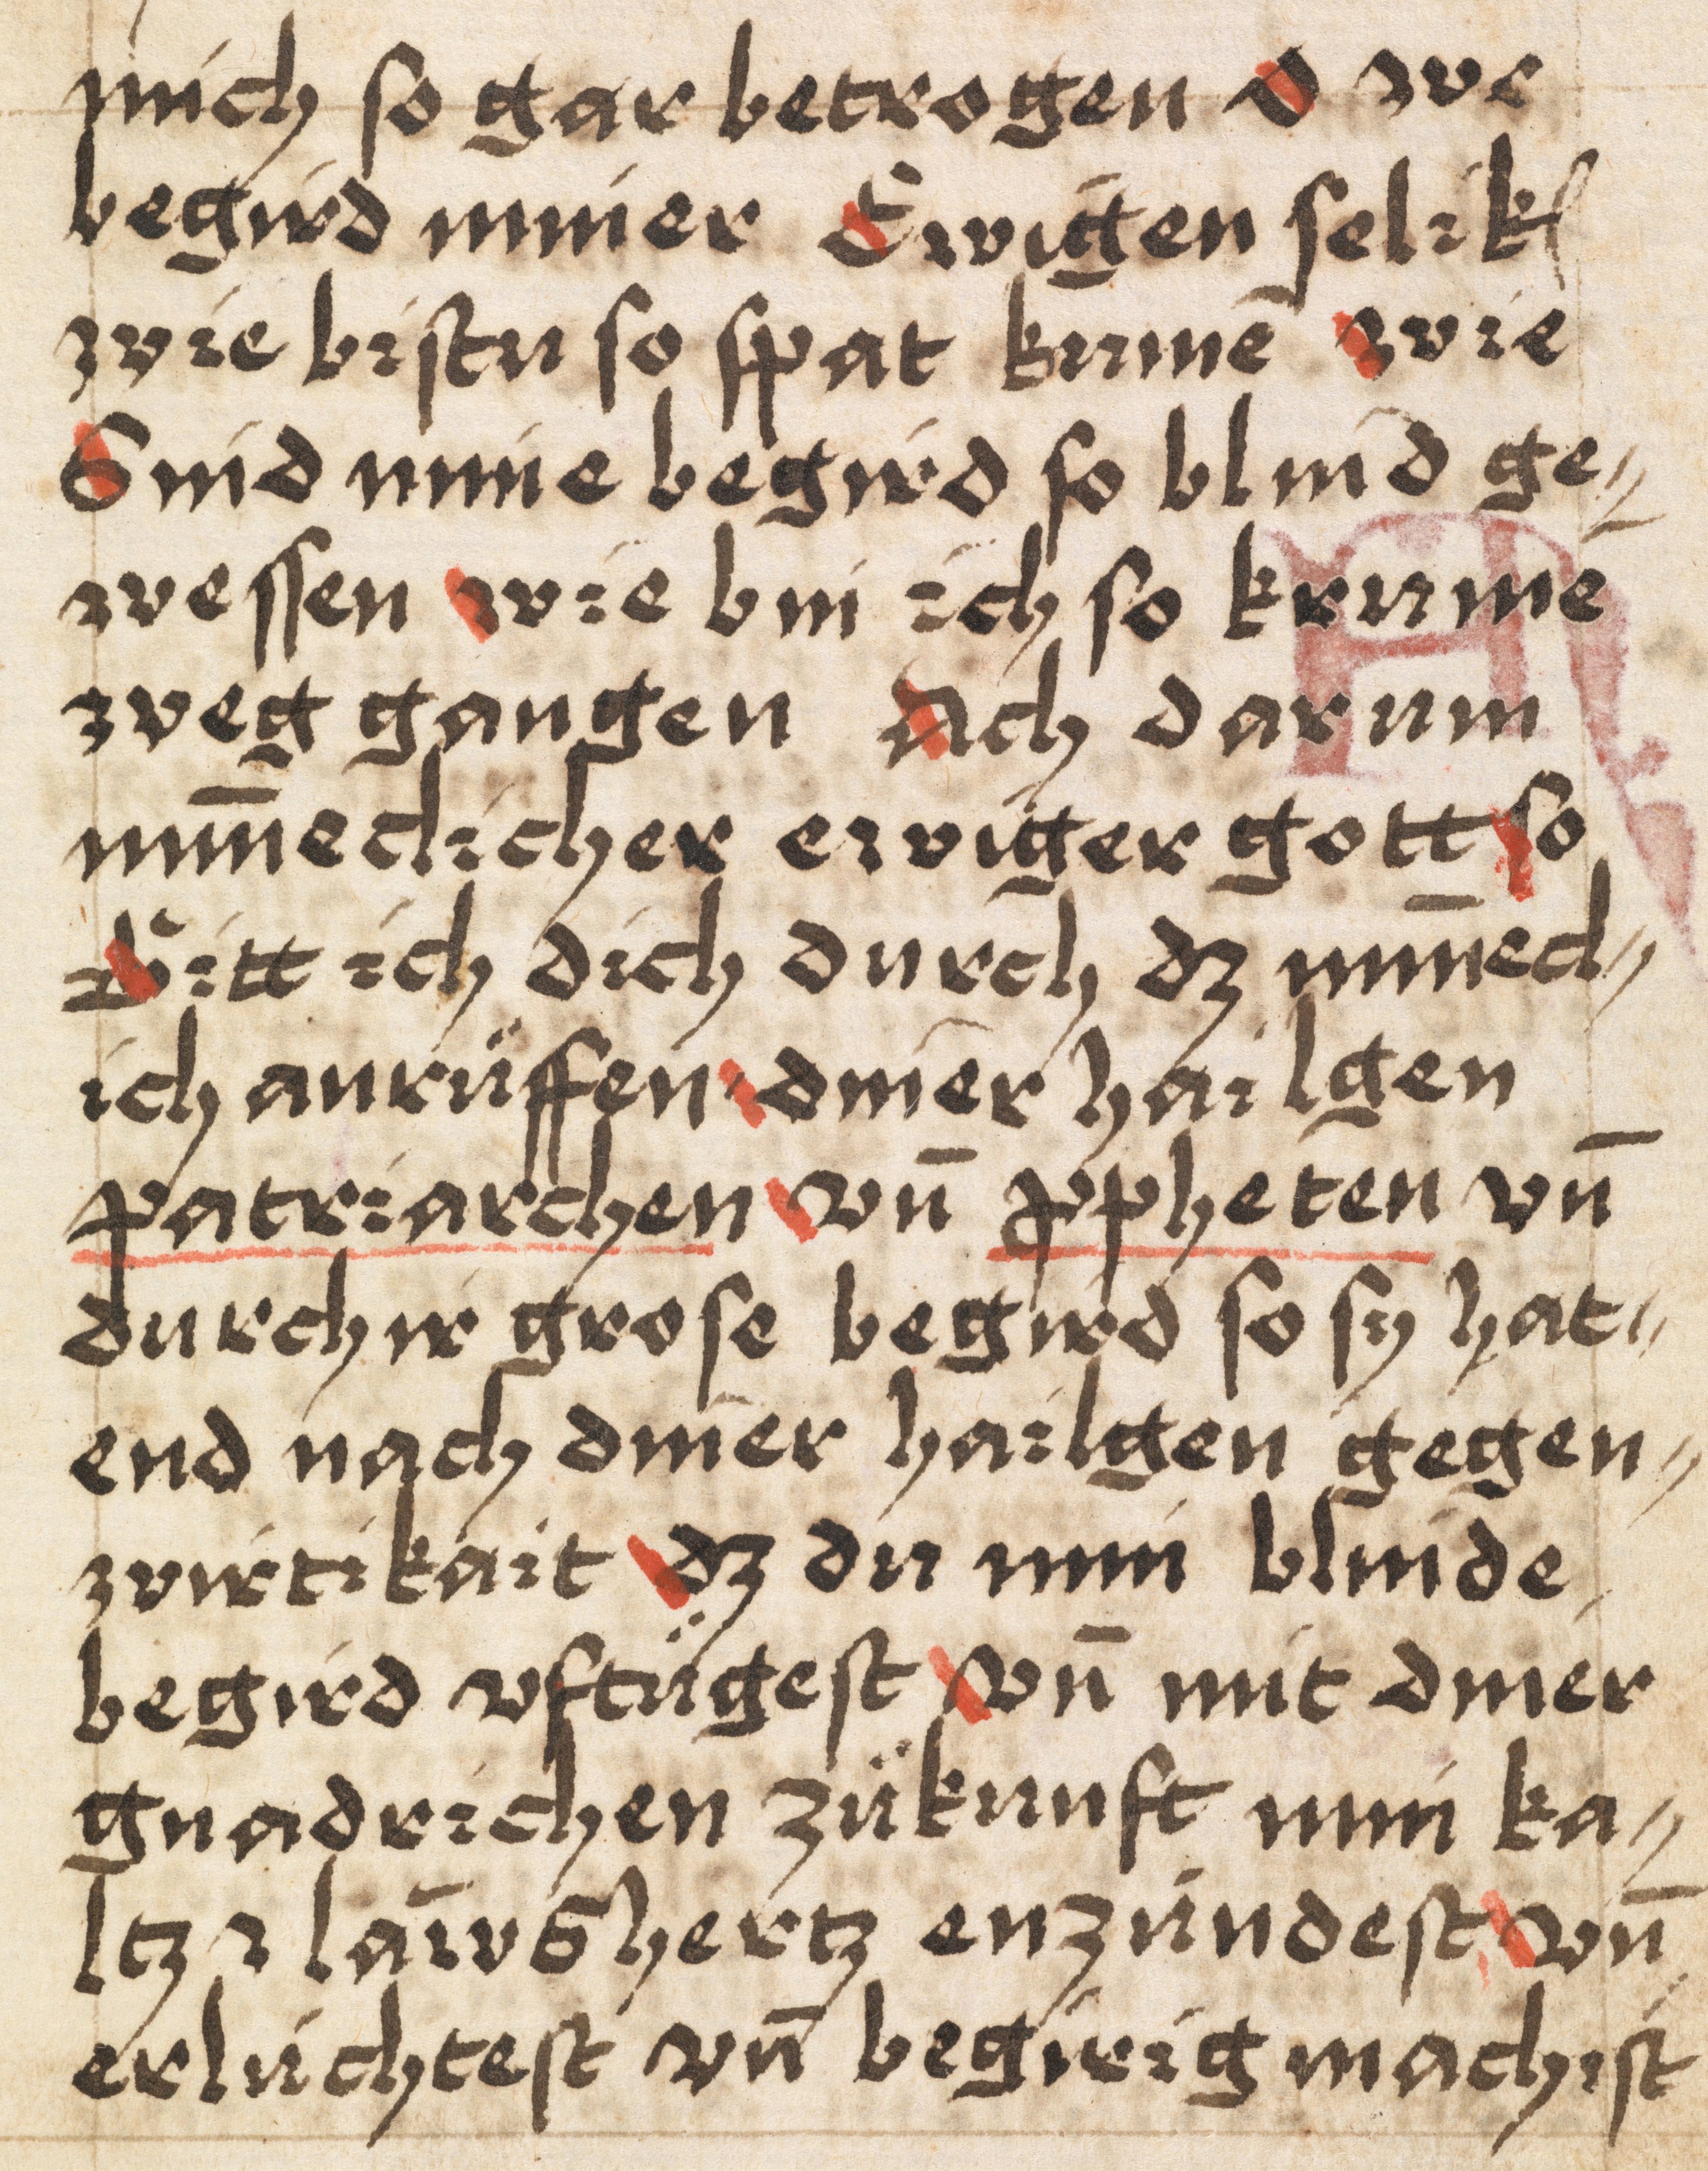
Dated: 1400–1499